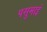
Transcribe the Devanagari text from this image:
पसुमाई